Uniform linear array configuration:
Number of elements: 8
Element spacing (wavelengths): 0.75
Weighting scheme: blackman
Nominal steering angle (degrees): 45
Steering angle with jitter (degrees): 45.228
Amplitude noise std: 0.05
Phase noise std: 0.05

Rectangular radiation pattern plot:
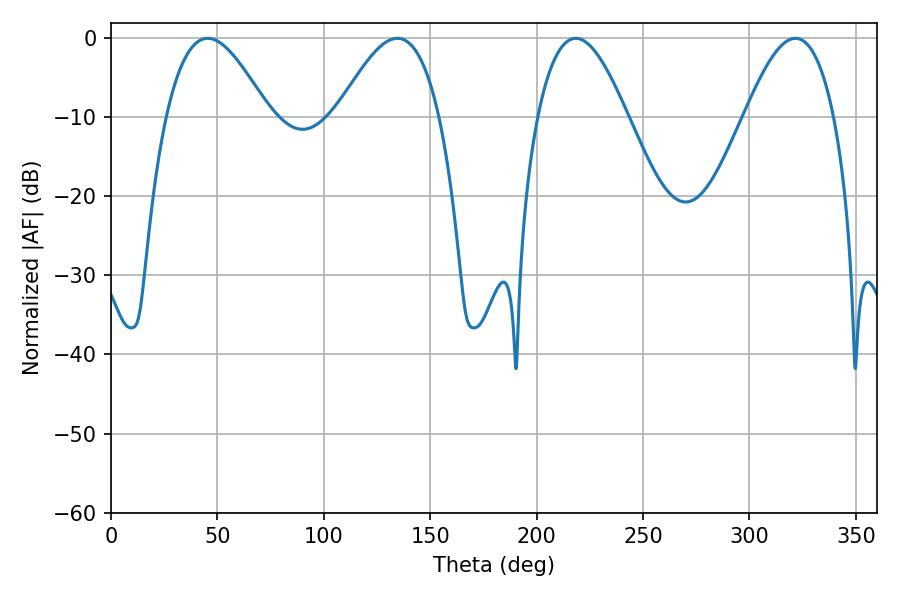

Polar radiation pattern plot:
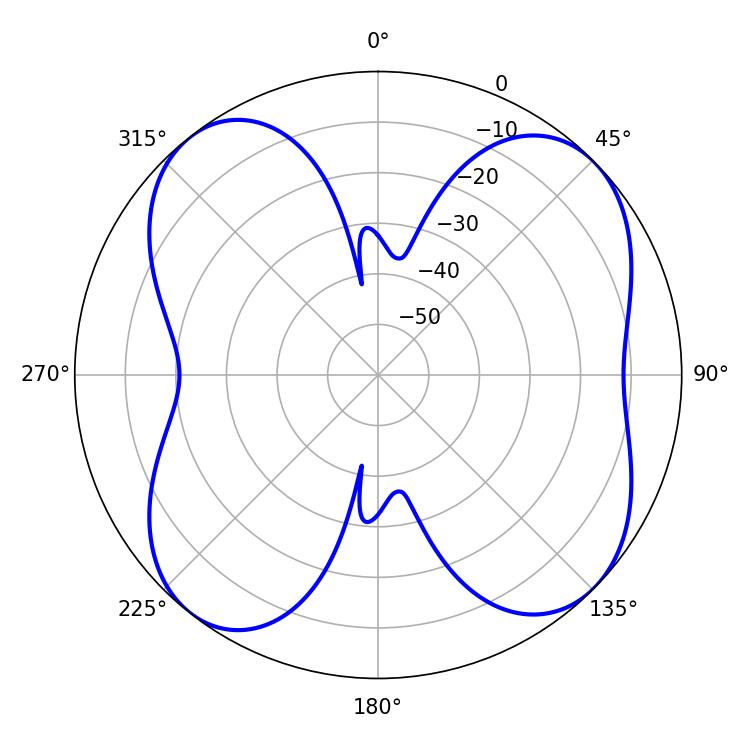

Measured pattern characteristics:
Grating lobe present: TRUE
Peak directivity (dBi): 10.14
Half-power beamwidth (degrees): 22.86
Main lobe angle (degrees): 321.66